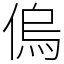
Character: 𠌥